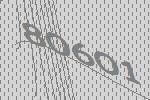
80601